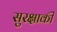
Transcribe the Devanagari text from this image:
सुरक्षाकी